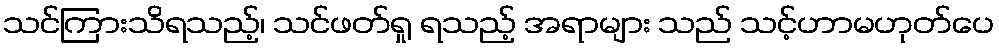
သင်ကြားသိရသည့်၊ သင်ဖတ်ရှု ရသည့် အရာများ သည် သင့်ဟာမဟုတ်ပေ